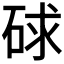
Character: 𥒸